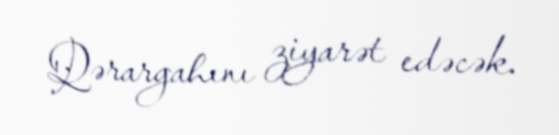
Qərargahını ziyarət edəcək.